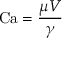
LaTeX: \mathrm { C a } = { \frac { \mu V } { \gamma } }